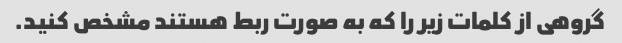
گروهی از کلمات زیر را که به صورت ربط هستند مشخص کنید.